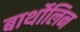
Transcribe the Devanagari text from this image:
बार्थोलिन